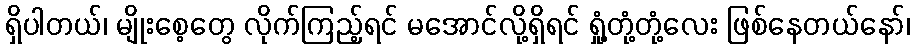
ရှိပါတယ်၊ မျိုးစေ့တွေ လိုက်ကြည့်ရင် မအောင်လို့ရှိရင် ရှုံ့တုံ့တုံ့လေး ဖြစ်နေတယ်နော်၊